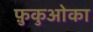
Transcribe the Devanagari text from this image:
फ़ुकुओका